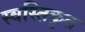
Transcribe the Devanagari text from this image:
स्वस्तिकृत